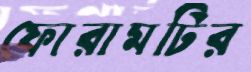
ফোরামটির